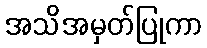
အသိအမှတ်ပြုကာ